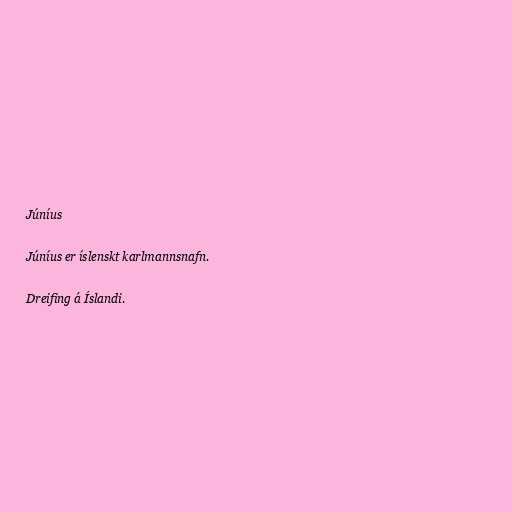
Júníus

Júníus er íslenskt karlmannsnafn.

Dreifing á Íslandi.